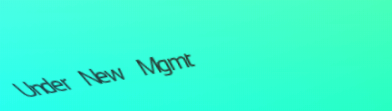
Under New Mgmt